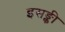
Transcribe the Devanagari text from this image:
इसङ्की